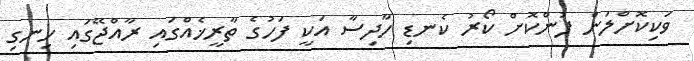
ވަކިކޮށްލަން ފުންކޮށް ކޯރު ކެނޑި ހާދިސާ އަކީ ފަހުގެ ތާރީޚެއްގައި ރާއްޖޭގައި ހިނގި